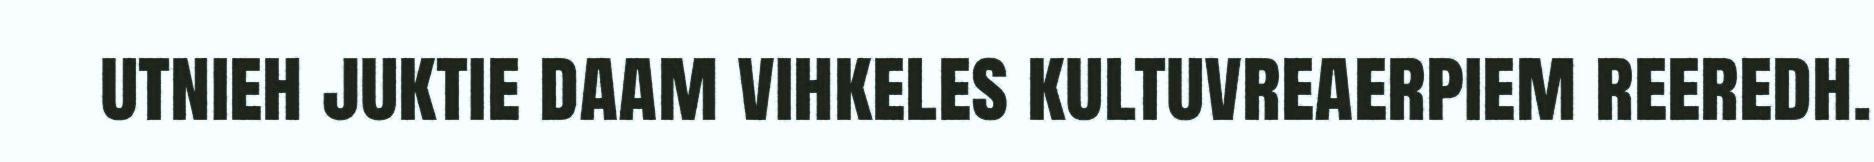
utnieh juktie daam vihkeles kultuvreaerpiem reeredh.